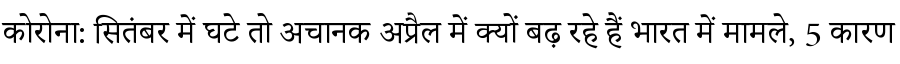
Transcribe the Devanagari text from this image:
कोरोना: सितंबर में घटे तो अचानक अप्रैल में क्यों बढ़ रहे हैं भारत में मामले, 5 कारण